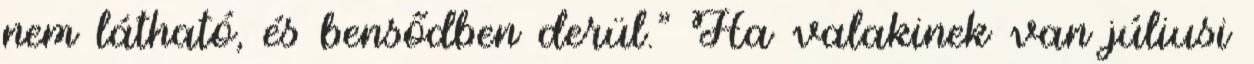
nem látható, és bensődben derül." Ha valakinek van júliusi